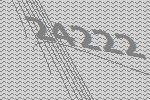
24222